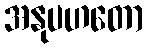
အနုပဟတော